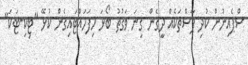
ސްޕެއިނުން ކުދި ޕާސްތަކެއް ދީގެން ގިނަ ވަގުތު ބޯޅަ ހިފަހައްޓައިގެން ކުޅޭ "ޓިކި-ޓަކަ"